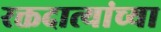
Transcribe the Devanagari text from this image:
रक्तदात्यांच्या